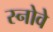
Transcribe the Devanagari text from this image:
स्नोवे